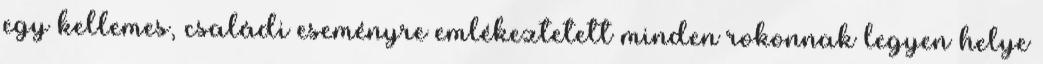
egy kellemes, családi eseményre emlékeztetett minden rokonnak legyen helye